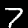
Digit: 7